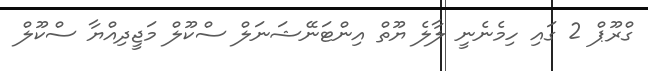
ގްރޫޕް 2 ގައި ހިމެނެނީ ލާލެ ޔޫތް އިންޓަނޭޝަނަލް ސްކޫލް މަޖީދިއްޔާ ސްކޫލް